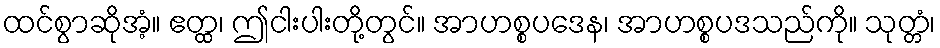
ထင်စွာဆိုအံ့။ ဧတ္ထ၊ ဤငါးပါးတို့တွင်။ အာဟစ္စပဒေန၊ အာဟစ္စပဒသည်ကို။ သုတ္တံ၊